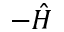
- \hat { H }